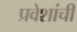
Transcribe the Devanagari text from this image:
प्रवेशांची